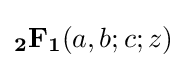
\mathbf {_{2}F_{1}} (a,b;c;z)